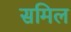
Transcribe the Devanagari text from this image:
समिल